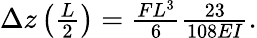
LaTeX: \begin{array}{r}{\Delta z\left(\frac{L}{2}\right)=\frac{FL^{3}}{6}\frac{23}{108EI}.}\end{array}